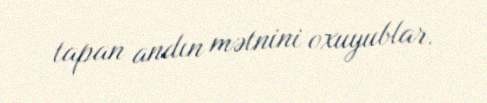
tapan andın mətnini oxuyublar.